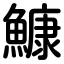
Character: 鱇